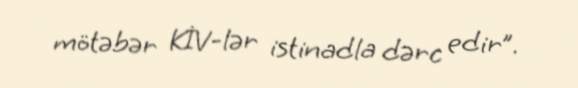
mötəbər KİV-lər istinadla dərc edir”.